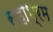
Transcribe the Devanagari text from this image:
सहाभ्रम